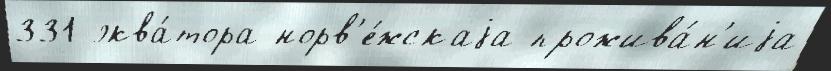
331 эква́тора норв'е́жскаjа прожива́н'иjа